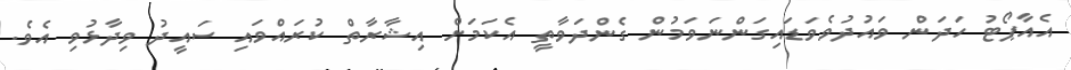
އެއާޕޯޓު ހަދަން ވައުދުވެވަޑައިގަންނަވަމުން ގެންދަވާތީ އެކަމަށް އިޝާރާތް ކުރައްވައި ސައީދު ވިދާޅުވި އެވެ.